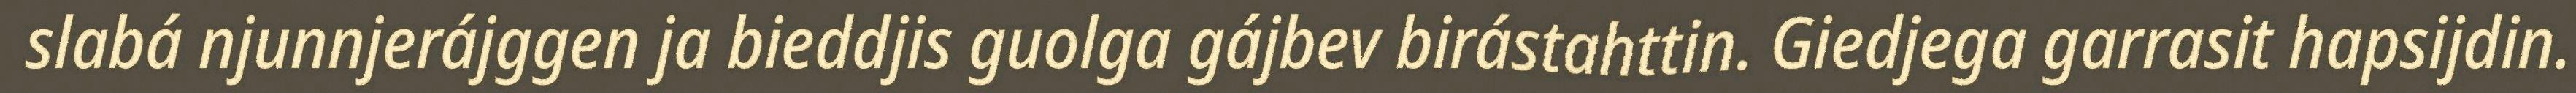
slabá njunnjerájggen ja bieddjis guolga gájbev birástahttin. Giedjega garrasit hapsijdin.